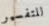
للتفسير